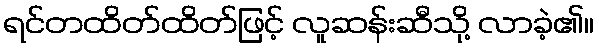
ရင်တထိတ်ထိတ်ဖြင့် လူဆန်းဆီသို့ လာခဲ့၏။